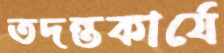
তদন্তকার্যে